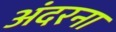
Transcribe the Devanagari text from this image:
अंदरना